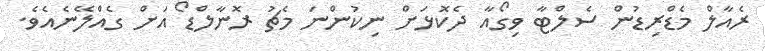
ރެއާލް މެޑްރިޑުން ސެލްޓާ ވިގޯއާ ދެކޮޅަށް ނިކުންނަ މެޗު ރޮނާލްޑޯ އަށް ގެއްލޭނެއެވެ.